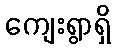
ကျေးရွာရှိ